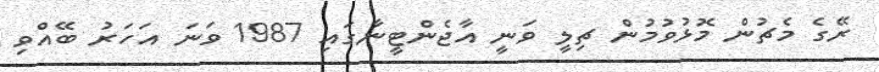
ރޭގެ މެޗުން މޮޅުވުމުން ޗިލީ ވަނީ އާޖެންޓީނާގައި 1987 ވަނަ އަހަރު ބޭއްވި